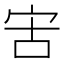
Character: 㝒